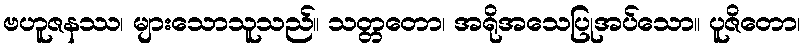
ဗဟူဇနဿ၊ များသောသူသည်။ သတ္တတော၊ အရိုအသေပြုအပ်သော။ ပူဇိတော၊